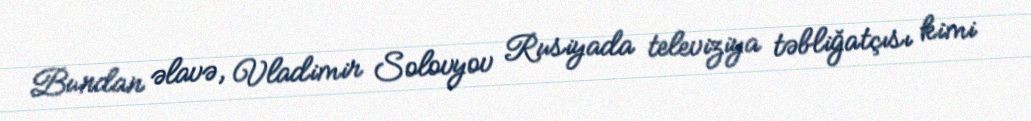
Bundan əlavə, Vladimir Solovyov Rusiyada televiziya təbliğatçısı kimi